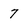
Character: 7